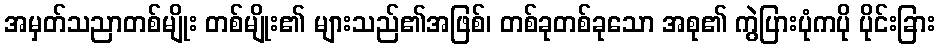
အမှတ်သညာတစ်မျိုး တစ်မျိုး၏ များသည်၏အဖြစ်၊ တစ်ခုတစ်ခုသော အစု၏ ကွဲပြားပုံကပို ပိုင်းခြား